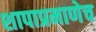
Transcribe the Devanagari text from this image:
शापाप्रमाणेच